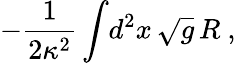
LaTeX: -{\frac{1}{2\kappa^{2}}}\int\! d^{2}x\, \sqrt g\, R\ ,